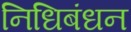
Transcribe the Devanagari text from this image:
निधिबंधन